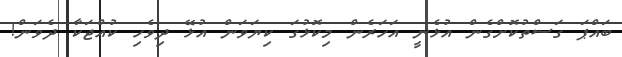
ބައްޕަ ގަސްތުކޮށްގެން އުޅެނީ އަހަރެން މިކޮޅުގަ ކިޔަވަން އުޅޭ ދިވެހި ކުއްޖަކާ ދެވަން!